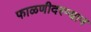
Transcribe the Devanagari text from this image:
फाळणीदरम्यान